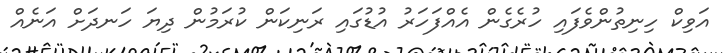
އަވިކް ހިނިތުންވެފައި ހުރެގެން އެއްފަހަރު އުޑުގައި ރަނިކަން ކުރަމުން ދިޔަ ހަނދަށް އަނެއް